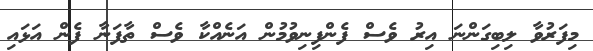
މިފަރުވާ ލިބިގަންނަ އިރު ވެސް ފެންފިނިވުމުން އަނެއްކާ ވެސް ތާފަނާ ފެން އަޅައި